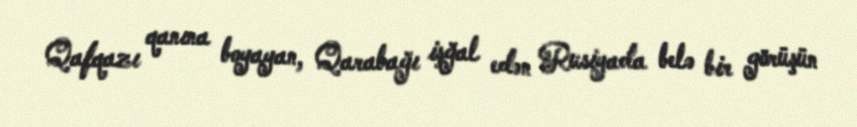
Qafqazı qanına boyayan, Qarabağı işğal edən Rusiyada belə bir görüşün